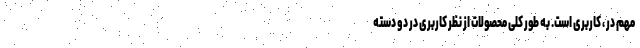
مهم در ، کاربری است. به طور کلی محصولات از نظر کاربری در دو دسته